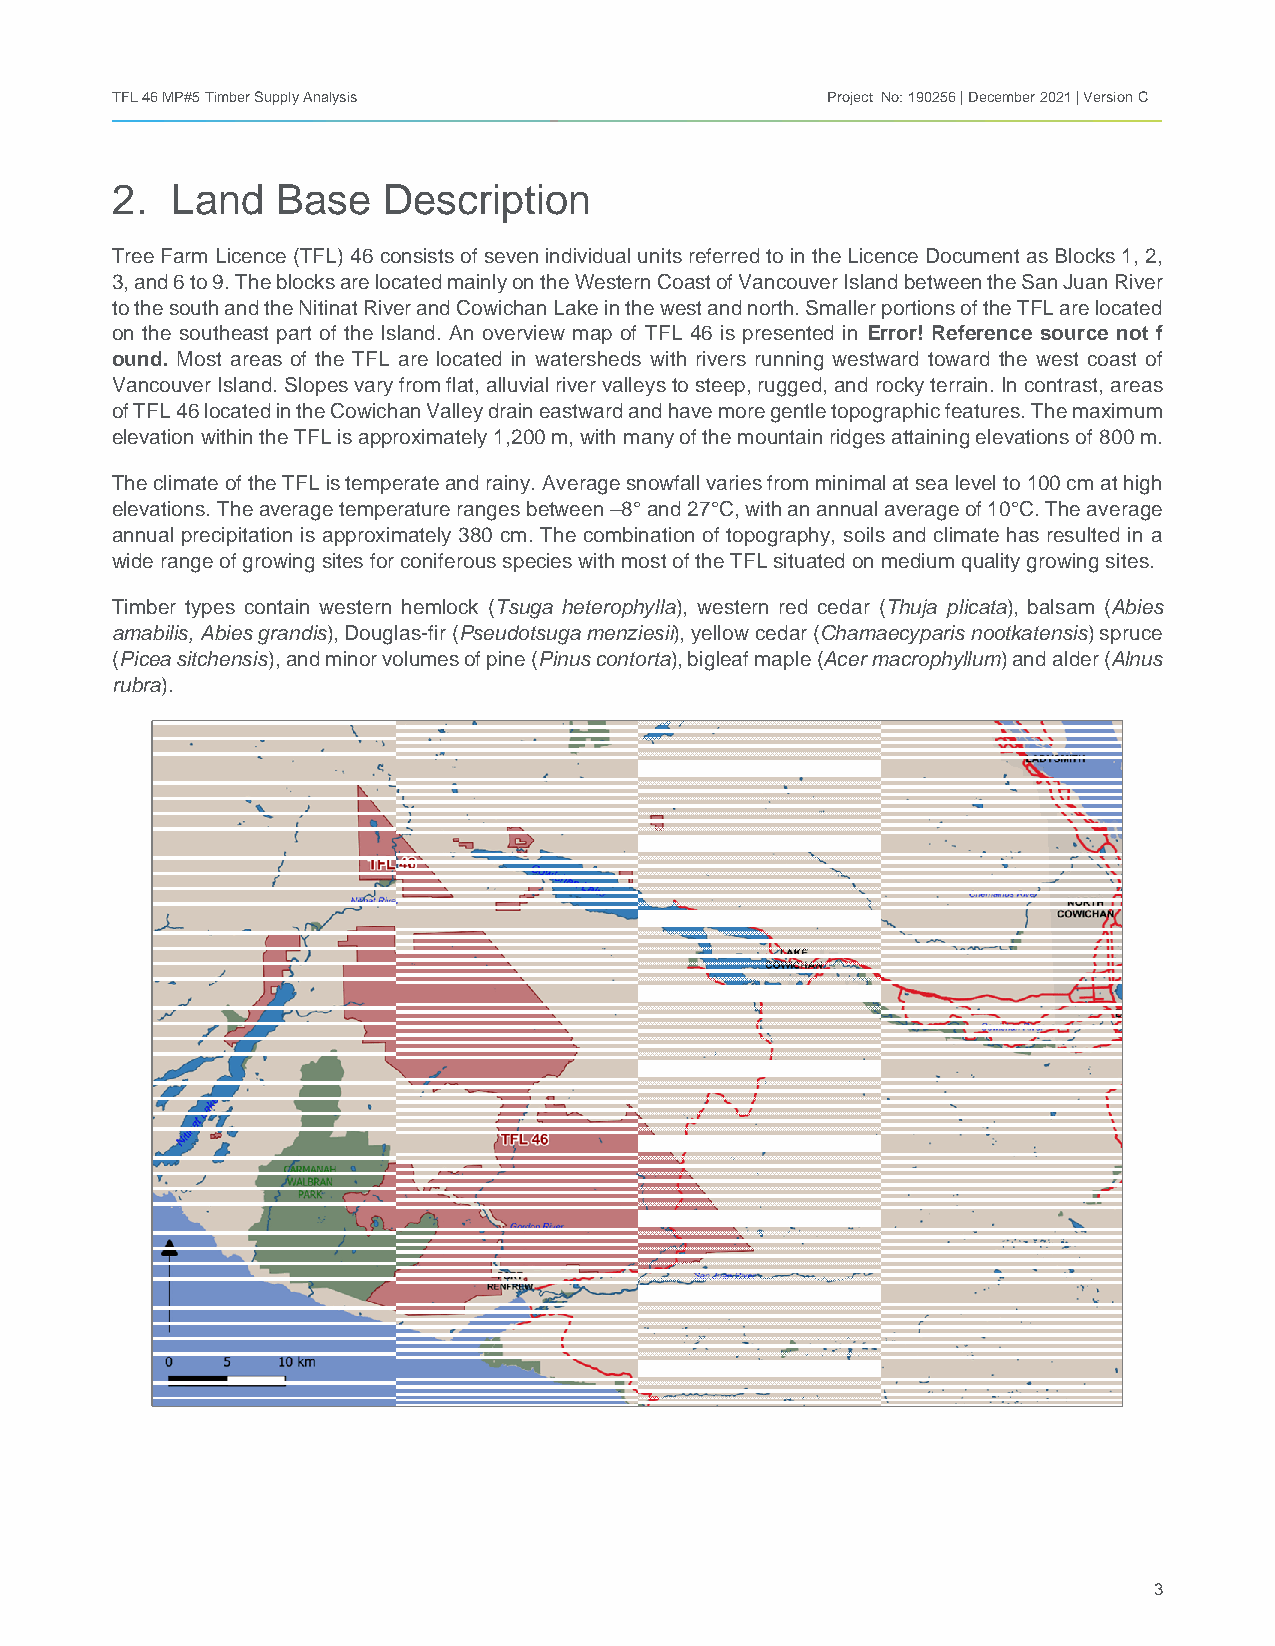
TFL 46 MP#5 Timber Supply Analysis              Project No: 190256 | December 2021 | Version C
 2.  Land   Base   Description
 Tree Farm Licence (TFL) 46 consists of seven individual units referred to in the Licence Document as Blocks 1, 2,
 3, and 6 to 9. The blocks are located mainly on the Western Coast of Vancouver Island between the San Juan River
 to the south and the Nitinat River and Cowichan Lake in the west and north. Smaller portions of the TFL are located
 on the southeast part of the Island. An overview map of TFL 46 is presented in Error! Reference source not f
 ound. Most areas of the TFL are located in watersheds with rivers running westward toward the west coast of
 Vancouver Island. Slopes vary from flat, alluvial river valleys to steep, rugged, and rocky terrain. In contrast, areas
 of TFL 46 located in the Cowichan Valley drain eastward and have more gentle topographic features. The maximum
 elevation within the TFL is approximately 1,200 m, with many of the mountain ridges attaining elevations of 800 m.
 The climate of the TFL is temperate and rainy. Average snowfall varies from minimal at sea level to 100 cm at high
 elevations. The average temperature ranges between –8° and 27°C, with an annual average of 10°C. The average
 annual precipitation is approximately 380 cm. The combination of topography, soils and climate has resulted in a
 wide range of growing sites for coniferous species with most of the TFL situated on medium quality growing sites.
 Timber types contain western hemlock (Tsuga heterophylla), western red cedar (Thuja plicata), balsam (Abies
 amabilis, Abies grandis), Douglas-fir (Pseudotsuga menziesii), yellow cedar (Chamaecyparis nootkatensis) spruce
 (Picea sitchensis), and minor volumes of pine (Pinus contorta), bigleaf maple (Acer macrophyllum) and alder (Alnus
 rubra).
 3